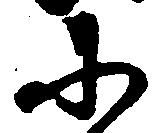
に